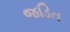
જડિત